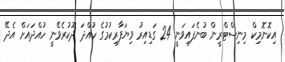
އިކޮނޮމިކް މިނިސްޓްރީން ބުނެފައިވަނީ 24 ގަޑިއިރު ވިޔަފާރިކުމުގެ ހުއްދަ ދޫކުރެވޭނީ ހުއްދައަށް އެދޭ